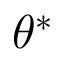
\theta ^ { * }